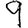
Digit: 9